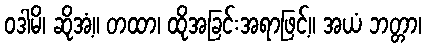
ဝဒါမိ၊ ဆိုအံ့။ တထာ၊ ထိုအခြင်းအရာဖြင့်။ အယံ ဘတ္တာ၊